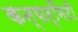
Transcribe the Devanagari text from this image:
कन्फर्मिटी